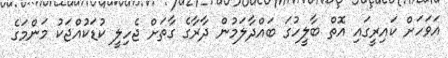
އަވަހަށް ކައިރީގައި އޮތް ބާލީހުގަ ބައްދާލަމުން ދާރާގެ ގާތަށް ޖެހިލީ ކުޑަކުއްޖަކު މަންމަގެ